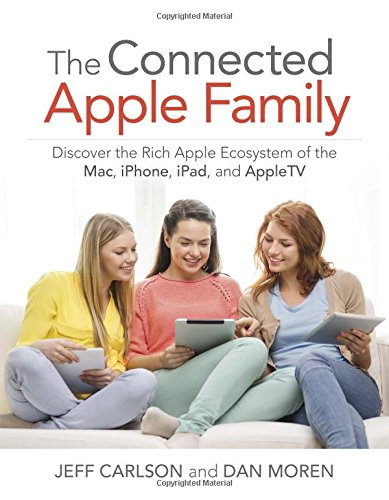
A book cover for The Connected Apple Home: Discover the Rich Apple Ecosystem of the Mac, iPhone, iPad, and AppleTV; Jeff Carlson; Computers & Technology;